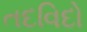
તદવિદો